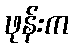
ဖုန်းက